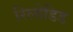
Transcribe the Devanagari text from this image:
रिलोडिड